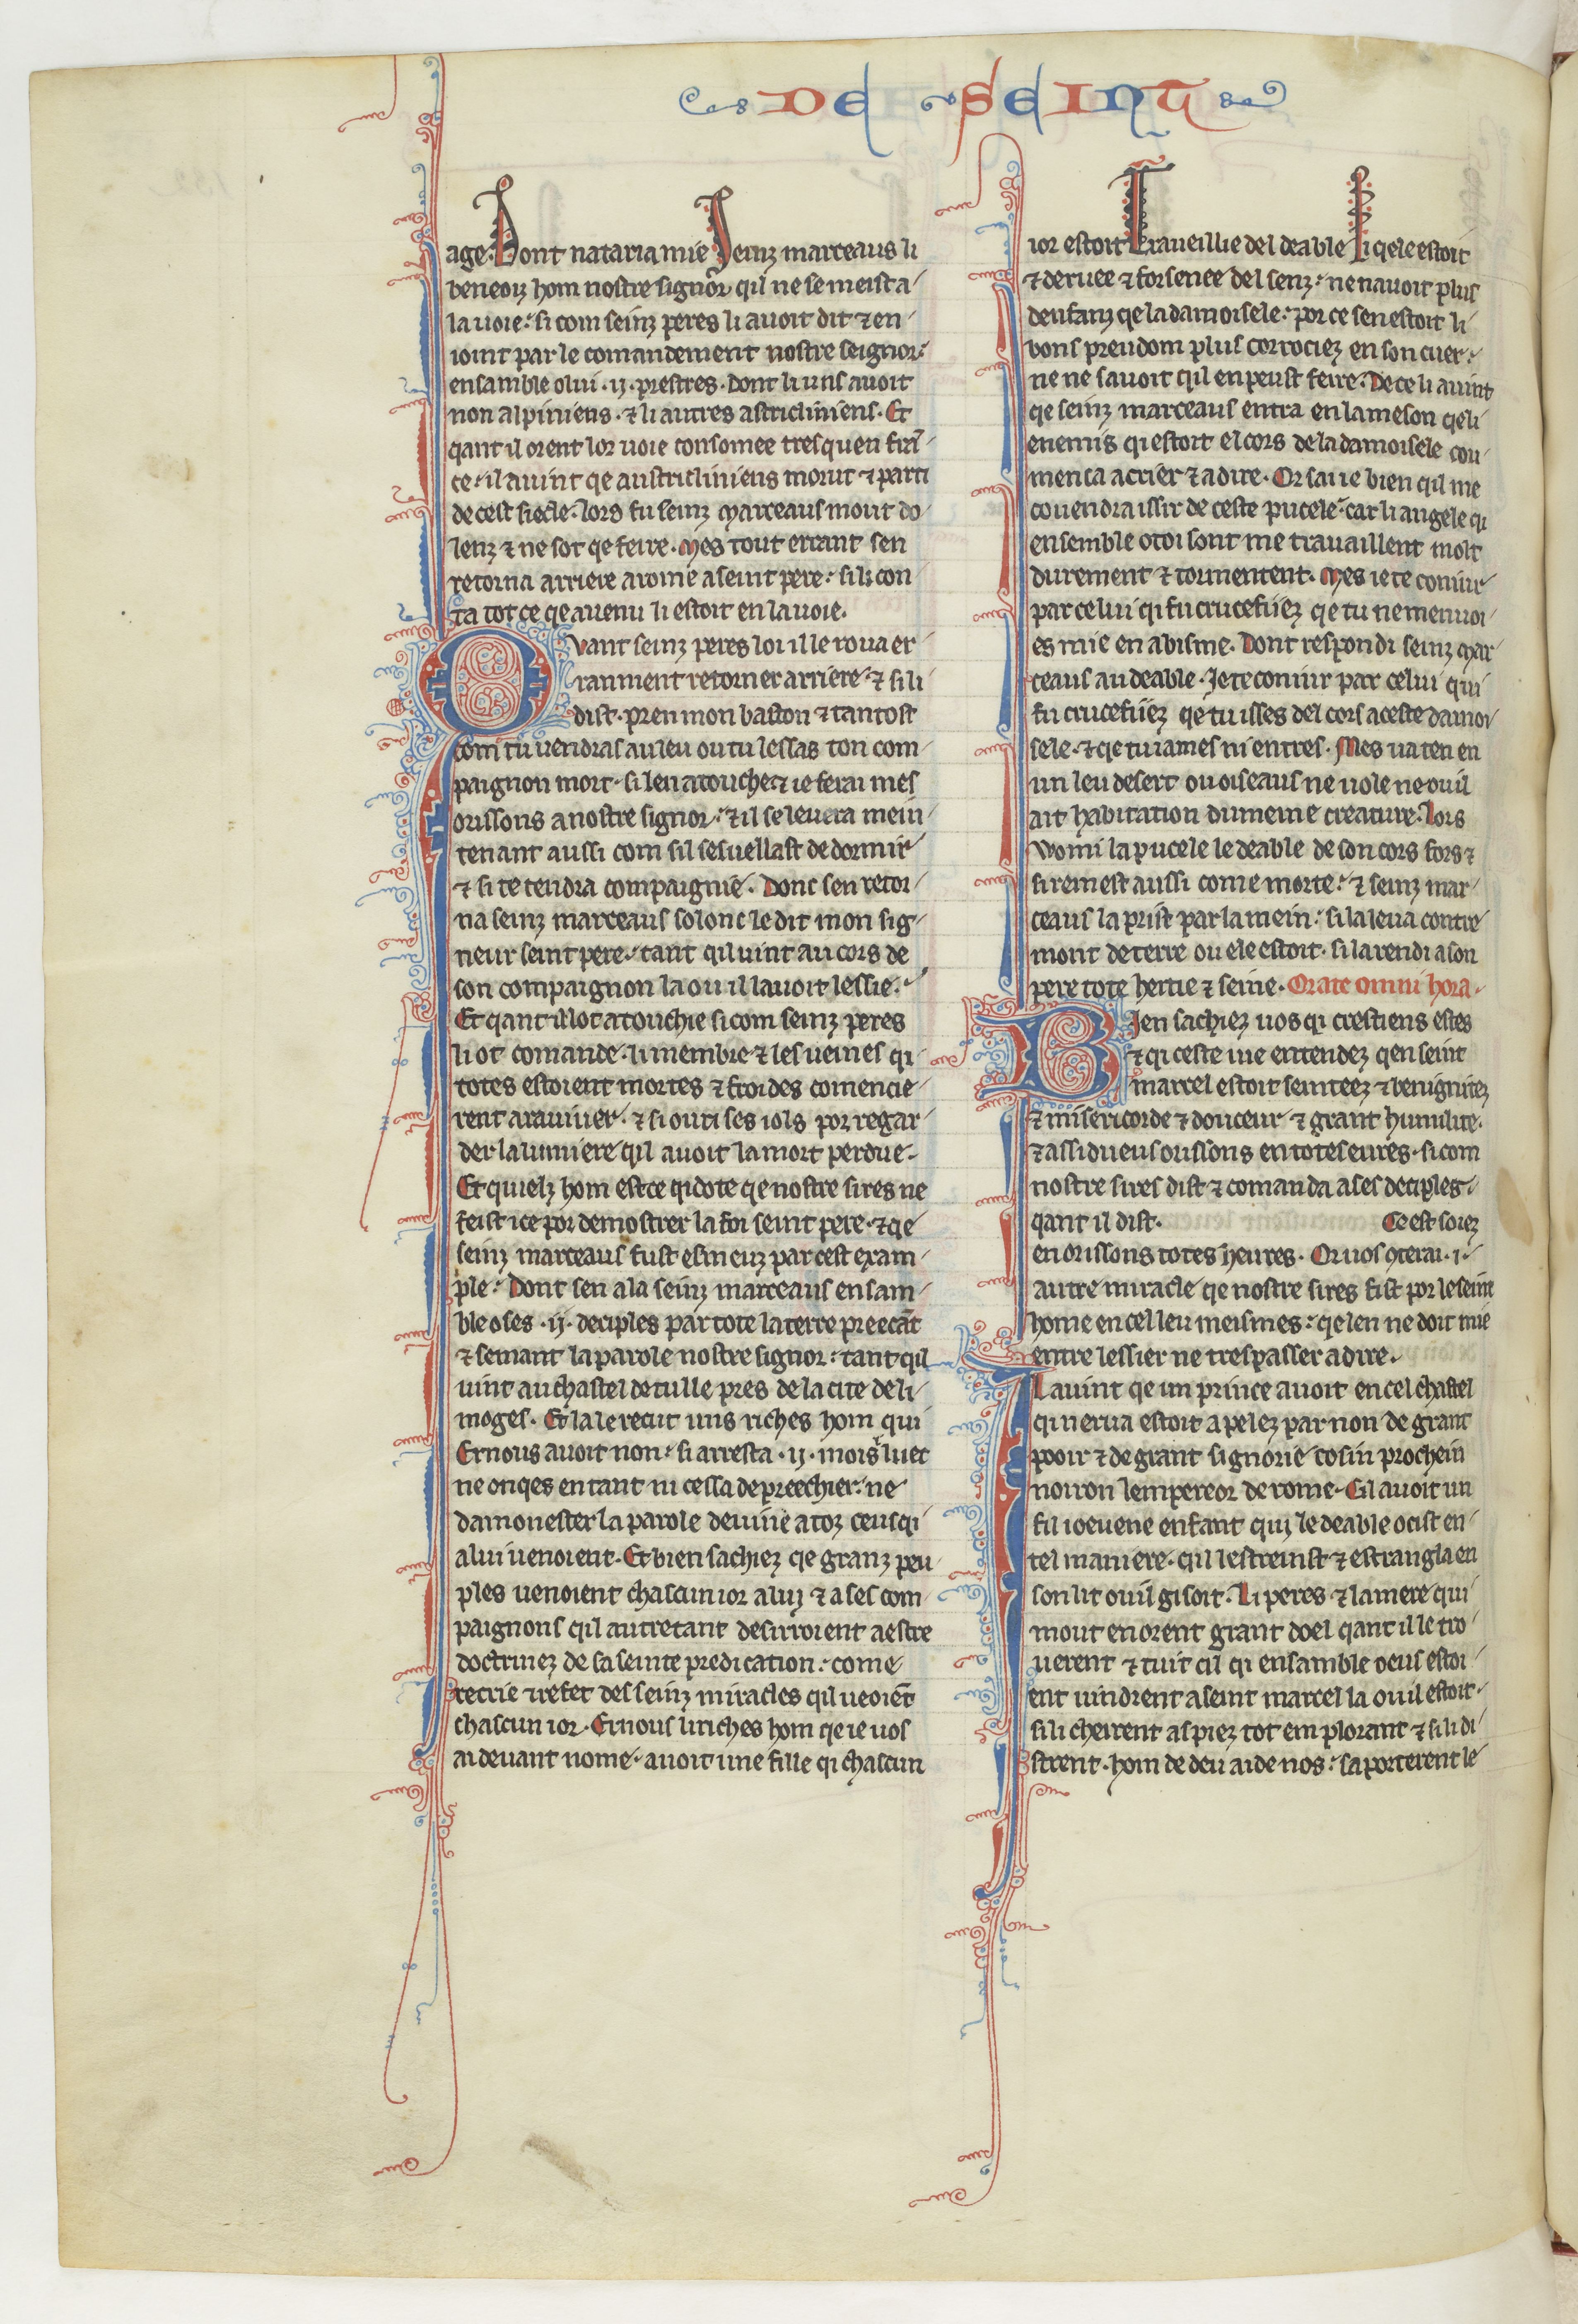
Shelfmark: Paris, BnF, fr. 412
Century: 13